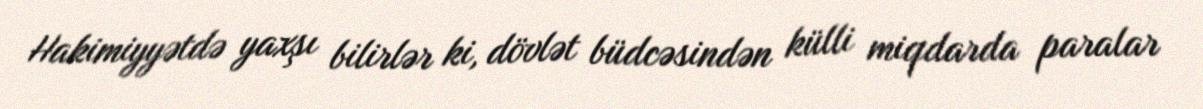
Hakimiyyətdə yaxşı bilirlər ki, dövlət büdcəsindən külli miqdarda paralar